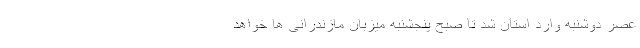
عصر دوشنبه وارد استان شد تا صبح پنجشنبه میزبان مازندرانی ها خواهد